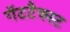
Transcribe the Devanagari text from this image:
गॅटटैक्स्ट